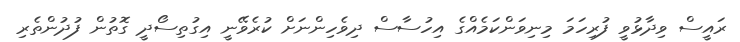
ރައީސް ވިދާޅުވީ ފުރިހަމަ މިނިވަންކަމެއްގެ އިހުސާސް ދިވެހިންނަށް ކުރެވޭނީ އިގުތިސޯދީ ގޮތުން ފުދުންތެރި